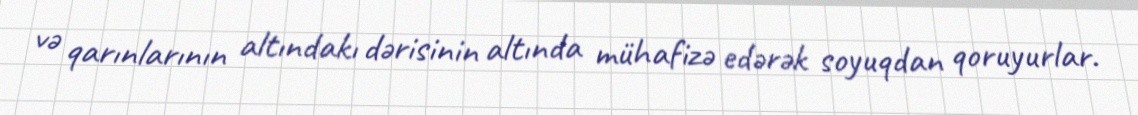
və qarınlarının altındakı dərisinin altında mühafizə edərək soyuqdan qoruyurlar.